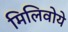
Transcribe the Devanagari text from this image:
मिलिवोये